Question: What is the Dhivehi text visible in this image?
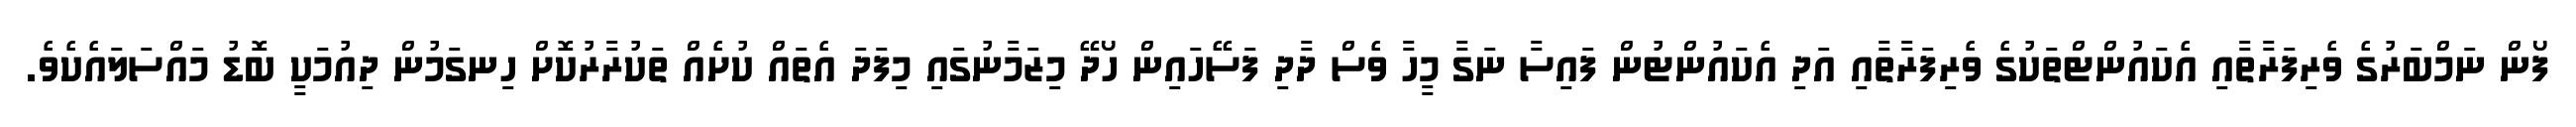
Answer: ފޯން ނަމްބަރުގެ ވެރިފަރާތާއި އެކައުންޓްތަކުގެ ވެރިފަރާތާއި އަދި އެކައުންޓުން ފައިސާ ނަގާ މީހާ ވެސް ދާދި ފަސޭހައިން ހޯދޭ މިޒަމާނުގައި މިފަދަ އެތައް ކުށެއް ތަކުރާރުކޮށް ހިނގަމުން ދިއުމަކީ ބޮޑު މައްސަލައެކެވެ.